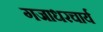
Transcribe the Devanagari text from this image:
गजाधरचार्य